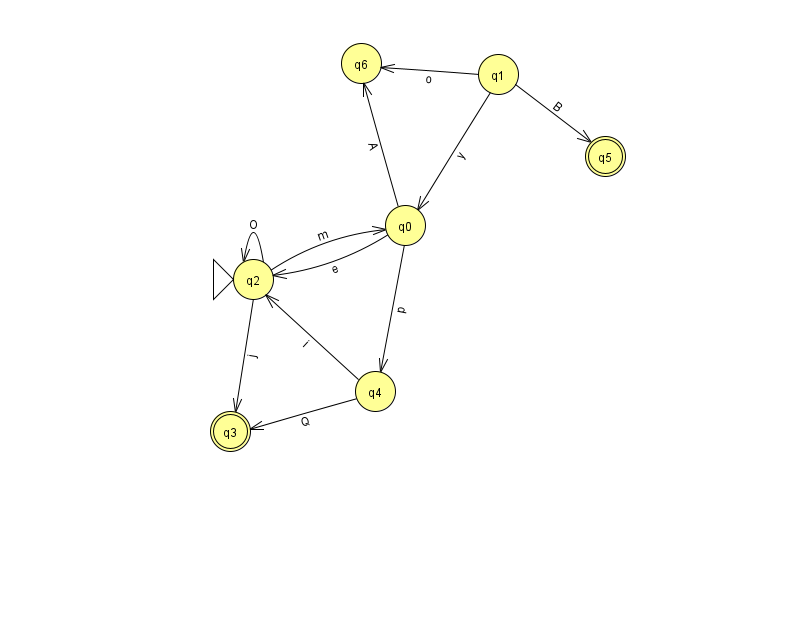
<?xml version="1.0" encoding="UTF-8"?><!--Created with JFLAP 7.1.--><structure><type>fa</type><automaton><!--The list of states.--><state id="0" name="q0"><x>405.0</x><y>212.0</y></state><state id="1" name="q1"><x>498.0</x><y>61.0</y></state><state id="2" name="q2"><x>253.0</x><y>266.0</y><initial/></state><state id="3" name="q3"><x>230.0</x><y>418.0</y><final/></state><state id="4" name="q4"><x>375.0</x><y>378.0</y></state><state id="5" name="q5"><x>605.0</x><y>143.0</y><final/></state><state id="6" name="q6"><x>361.0</x><y>50.0</y></state><!--The list of transitions.--><transition><from>1</from><to>0</to><read>y</read></transition><transition><from>2</from><to>0</to><read>m</read></transition><transition><from>4</from><to>3</to><read>Q</read></transition><transition><from>2</from><to>3</to><read>j</read></transition><transition><from>4</from><to>2</to><read>i</read></transition><transition><from>0</from><to>4</to><read>p</read></transition><transition><from>0</from><to>2</to><read>e</read></transition><transition><from>1</from><to>6</to><read>o</read></transition><transition><from>0</from><to>6</to><read>A</read></transition><transition><from>1</from><to>5</to><read>B</read></transition><transition><from>2</from><to>2</to><read>O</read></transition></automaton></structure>